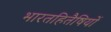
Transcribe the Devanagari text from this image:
भारतहितैषियों